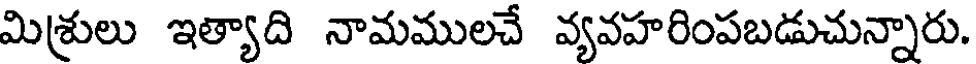
మిశ్రులు ఇత్యాది నామములచే వ్యవహరింపబడుచున్నారు.